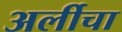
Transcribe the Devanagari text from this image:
अर्लीचा